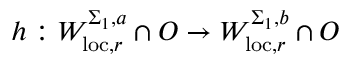
h : W _ { \mathrm { l o c } , r } ^ { \Sigma _ { 1 } , a } \cap O \to W _ { \mathrm { l o c } , r } ^ { \Sigma _ { 1 } , b } \cap O